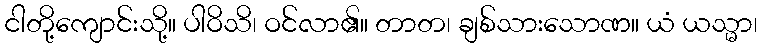
ငါတို့ကျောင်းသို့။ ပါဝိသိ၊ ဝင်လာ၏။ တာတ၊ ချစ်သားသောဏ။ ယံ ယသ္မာ၊